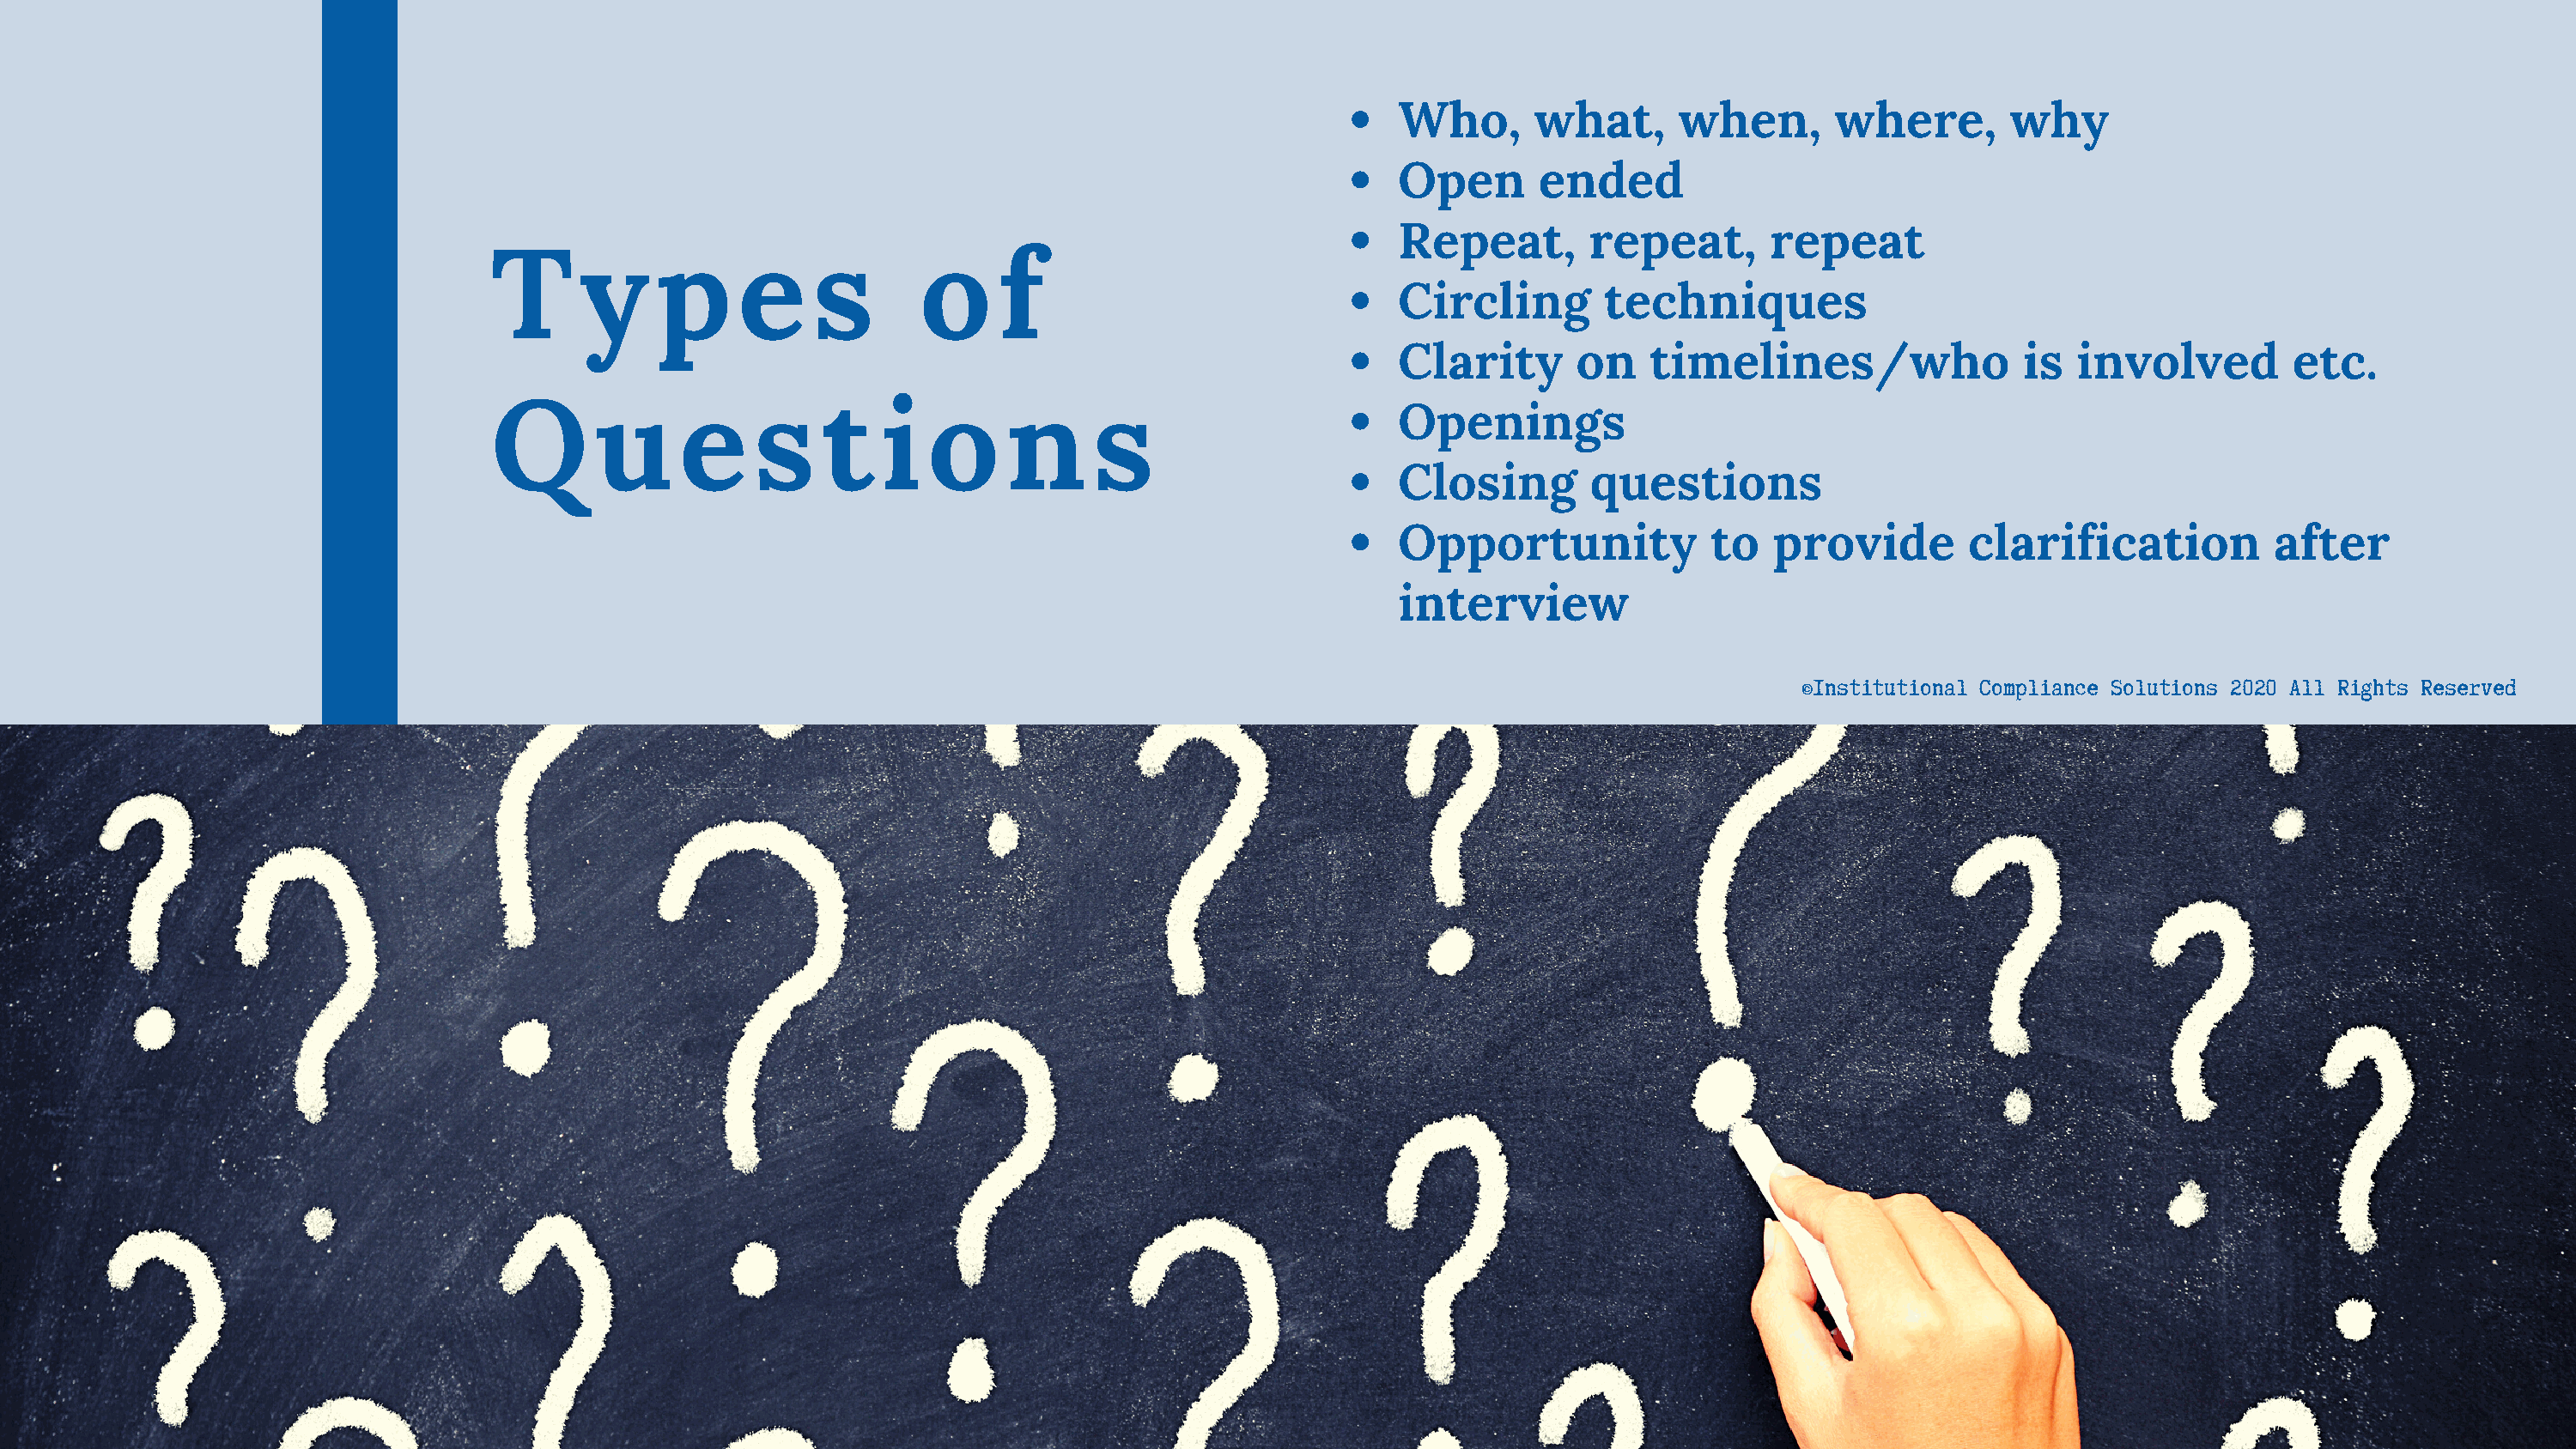
Who,      what,      when,       where,        why
 Open       ended
 Repeat,        repeat,      repeat
 T      y     p     e     s       o     f
 Circling        techniques
 Clarity       on   timelines/who                is  involved         etc.
 Q       u     e     s    t    i   o     n     s                       Openings
 Closing        questions
 Opportunity             to   provide        clarification          after
 interview
 ©Institutional Compliance Solutions 2020 All Rights Reserved